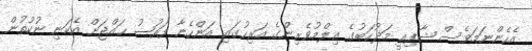
އެހެންނަމަވެސް ޝާފިޢީ މަޛުހަބުގެ ޢިލްމުވެރިންގެ އަރިހުގައި އަންހެނާ ފަރުޟު ޙައްޖަށް އެކަނި ނުކުތުން